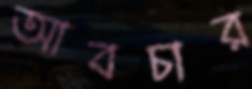
আবচার